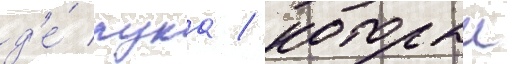
д'е́ лука / которыи